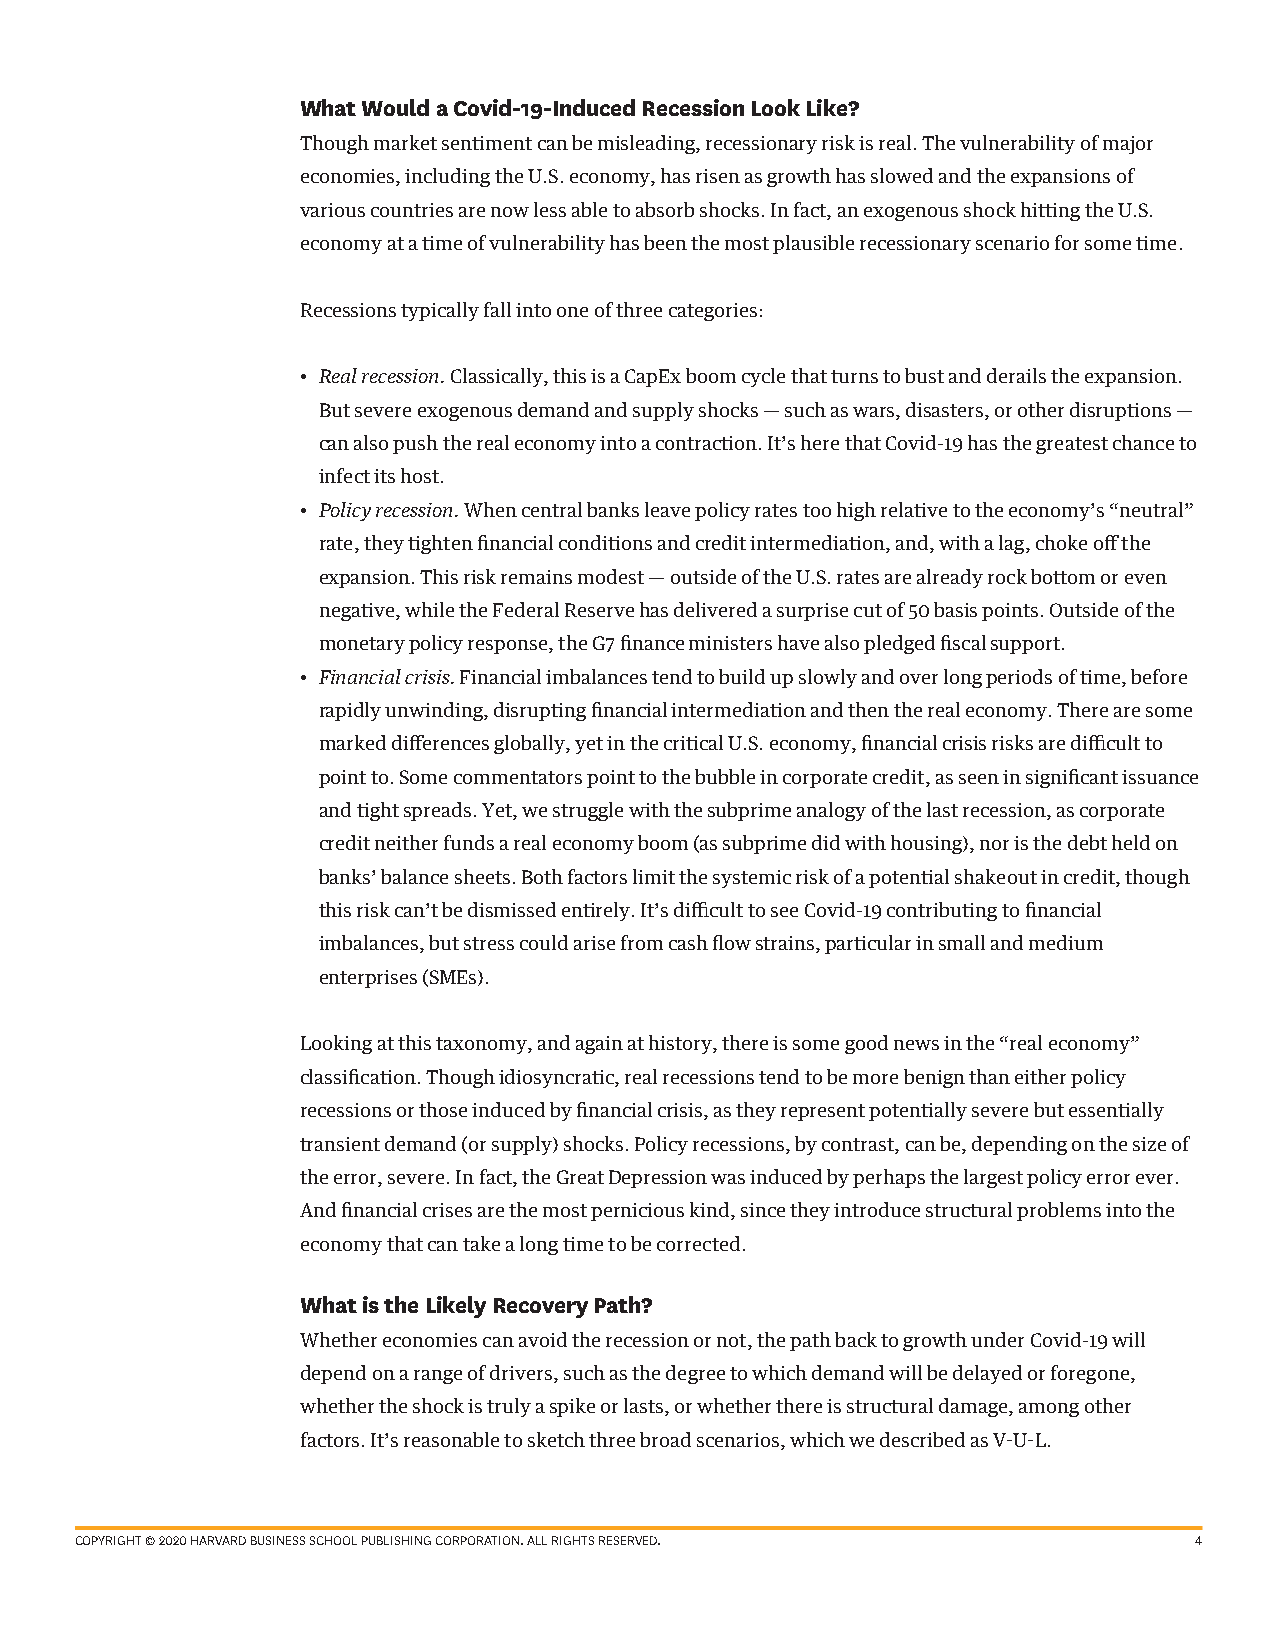
What Would a Covid-19-Induced Recession Look Like?
 Though market sentiment can be misleading, recessionary risk is real. The vulnerability of major
 economies, including the U.S. economy, has risen as growth has slowed and the expansions of
 various countries are now less able to absorb shocks. In fact, an exogenous shock hitting the U.S.
 economy at a time of vulnerability has been the most plausible recessionary scenario for some time.
 Recessions typically fall into one of three categories:
 • Real recession. Classically, this is a CapEx boom cycle that turns to bust and derails the expansion.
 But severe exogenous demand and supply shocks — such as wars, disasters, or other disruptions —
 can also push the real economy into a contraction. It’s here that Covid-19 has the greatest chance to
 infect its host.
 • Policy recession. When central banks leave policy rates too high relative to the economy’s “neutral”
 rate, they tighten financial conditions and credit intermediation, and, with a lag, choke off the
 expansion. This risk remains modest — outside of the U.S. rates are already rock bottom or even
 negative, while the Federal Reserve has delivered a surprise cut of 50 basis points. Outside of the
 monetary policy response, the G7 finance ministers have also pledged fiscal support.
 • Financial crisis. Financial imbalances tend to build up slowly and over long periods of time, before
 rapidly unwinding, disrupting financial intermediation and then the real economy. There are some
 marked differences globally, yet in the critical U.S. economy, financial crisis risks are difficult to
 point to. Some commentators point to the bubble in corporate credit, as seen in significant issuance
 and tight spreads. Yet, we struggle with the subprime analogy of the last recession, as corporate
 credit neither funds a real economy boom (as subprime did with housing), nor is the debt held on
 banks’ balance sheets. Both factors limit the systemic risk of a potential shakeout in credit, though
 this risk can’t be dismissed entirely. It’s difficult to see Covid-19 contributing to financial
 imbalances, but stress could arise from cash flow strains, particular in small and medium
 enterprises (SMEs).
 Looking at this taxonomy, and again at history, there is some good news in the “real economy”
 classification. Though idiosyncratic, real recessions tend to be more benign than either policy
 recessions or those induced by financial crisis, as they represent potentially severe but essentially
 transient demand (or supply) shocks. Policy recessions, by contrast, can be, depending on the size of
 the error, severe. In fact, the Great Depression was induced by perhaps the largest policy error ever.
 And financial crises are the most pernicious kind, since they introduce structural problems into the
 economy that can take a long time to be corrected.
 What is the Likely Recovery Path?
 Whether economies can avoid the recession or not, the path back to growth under Covid-19 will
 depend on a range of drivers, such as the degree to which demand will be delayed or foregone,
 whether the shock is truly a spike or lasts, or whether there is structural damage, among other
 factors. It’s reasonable to sketch three broad scenarios, which we described as V-U-L.
 COPYRIGHT © 2020 HARVARD BUSINESS SCHOOL PUBLISHING CORPORATION. ALL RIGHTS RESERVED. 4